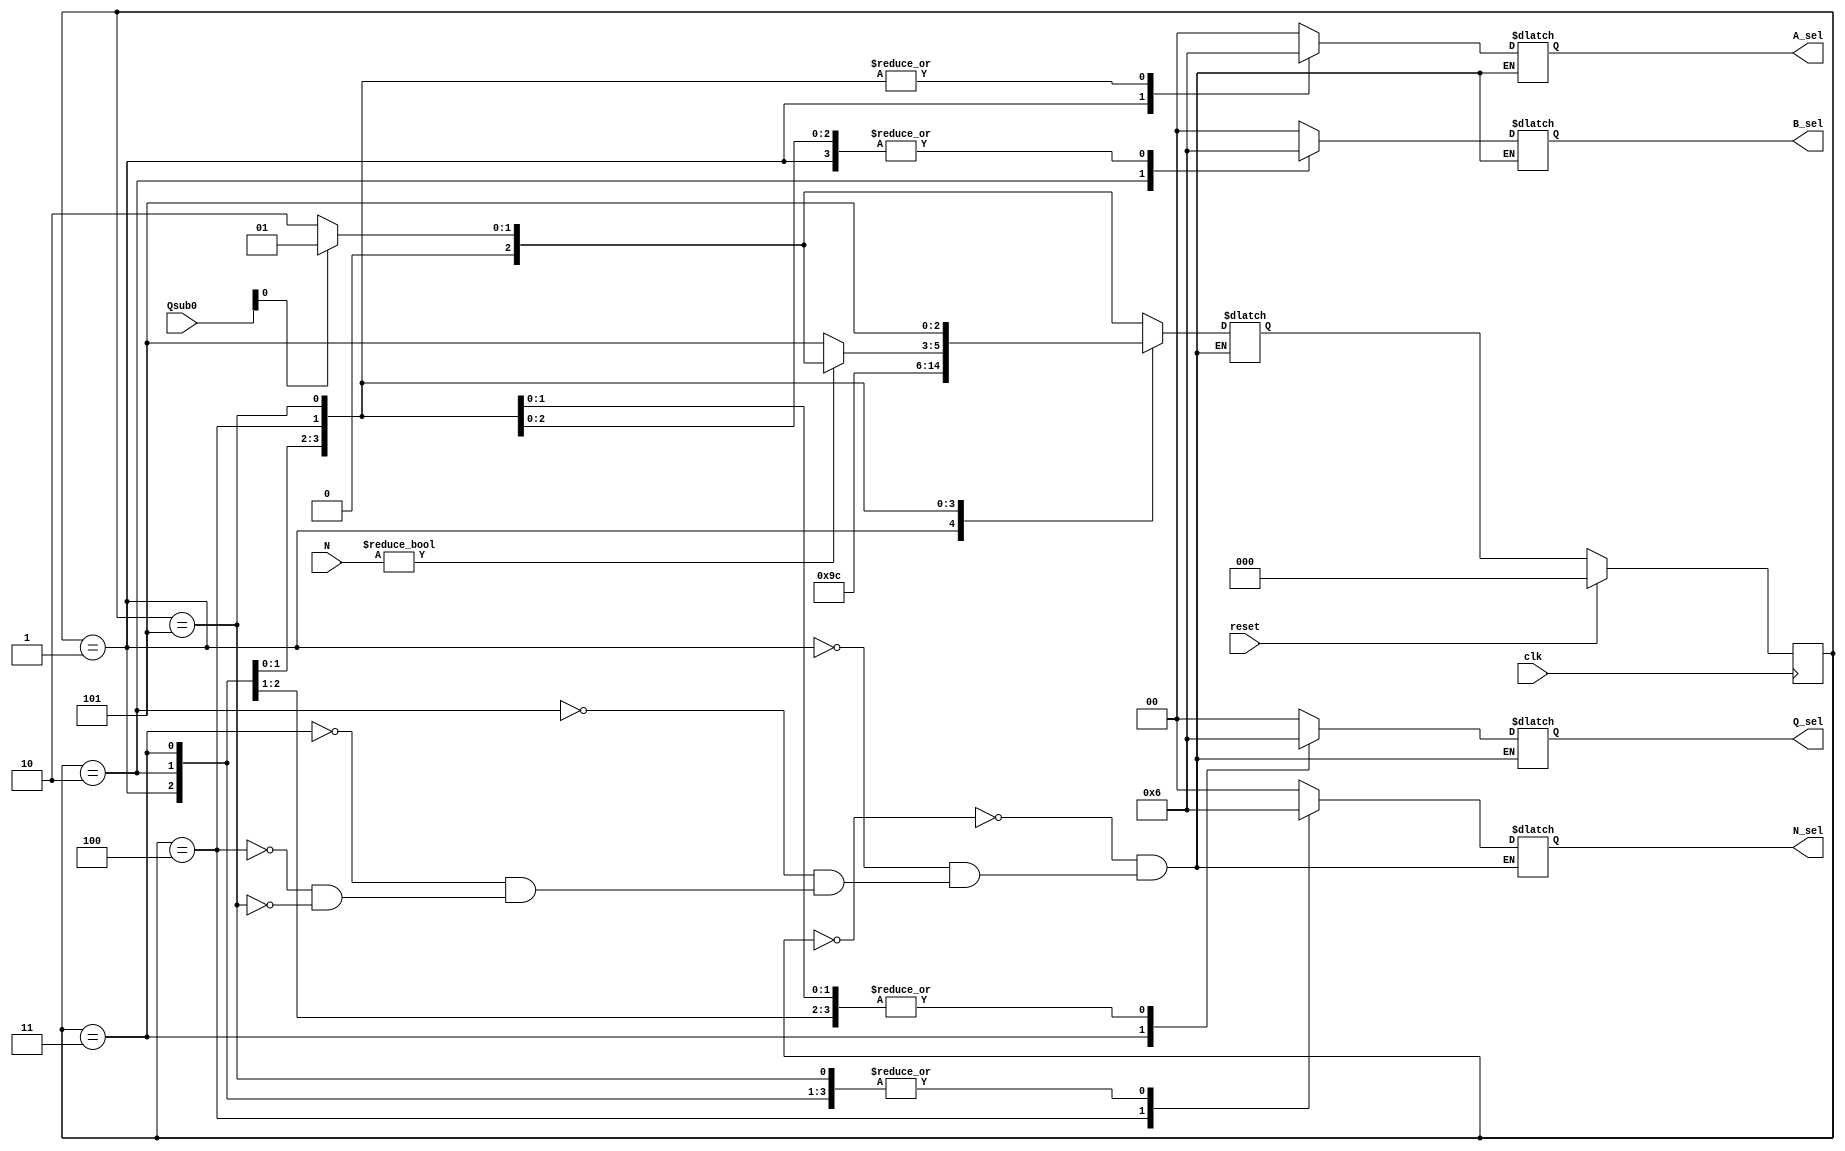
`timescale 1ns / 1ps
module FSM(
	 input clk,
	 input reset,
	 input [31:0]Qsub0,
	 input [31:0]N,
	 output reg [1:0]B_sel,
	 output reg[1:0]Q_sel,
	 output reg[1:0]A_sel,
	 output reg[1:0]N_sel
    );
	reg [2:0] current_state;
	reg [2:0] next_state;

	always @(current_state )
	begin
		case (current_state)
		3'b000:
		begin
		//start
			B_sel = 2'b00;
			Q_sel = 2'b00;
			A_sel = 2'b00;
			N_sel = 2'b00;
			//Q[0] == 1
			if (Qsub0[0] )
				next_state = 3'b001;
			else
				next_state = 3'b010;
		end
		3'b001:
		begin
		//Q1
			B_sel = 2'b10;
			Q_sel = 2'b10;
			A_sel = 2'b01;
			N_sel = 2'b10;
			next_state = 3'b010;
		end
		3'b010:
		begin
		//Q2
			B_sel = 2'b01;
			Q_sel = 2'b10;
			A_sel = 2'b10;
			N_sel = 2'b10;
			next_state = 3'b011;
		end
		3'b011:
		begin
		//Q3
			B_sel = 2'b10;
			Q_sel = 2'b01;
			A_sel = 2'b10;
			N_sel = 2'b10;
			next_state = 3'b100;
		end
		3'b100:
		begin
		//Q4
			B_sel = 2'b10;
			Q_sel = 2'b10;
			A_sel = 2'b10;
			N_sel = 2'b01;
			//N == 0
			if(N != 0)
				begin
				//Q[0] == 1
					if (Qsub0[0])
						next_state = 3'b001;
					else
						next_state = 3'b010;
				end
			else
				next_state = 3'b101;
		end
		3'b101:
		begin
			B_sel = 2'b10;
			Q_sel = 2'b10;
			A_sel = 2'b10;
			N_sel = 2'b10;
			next_state = 3'b101;
		end		
		endcase
	end

	always@(posedge clk)
	begin
		if(reset)
			current_state = 3'b000;
		else 
			current_state = next_state;
	end
 
 initial 
 begin
	current_state = 3'b000;
 end
endmodule